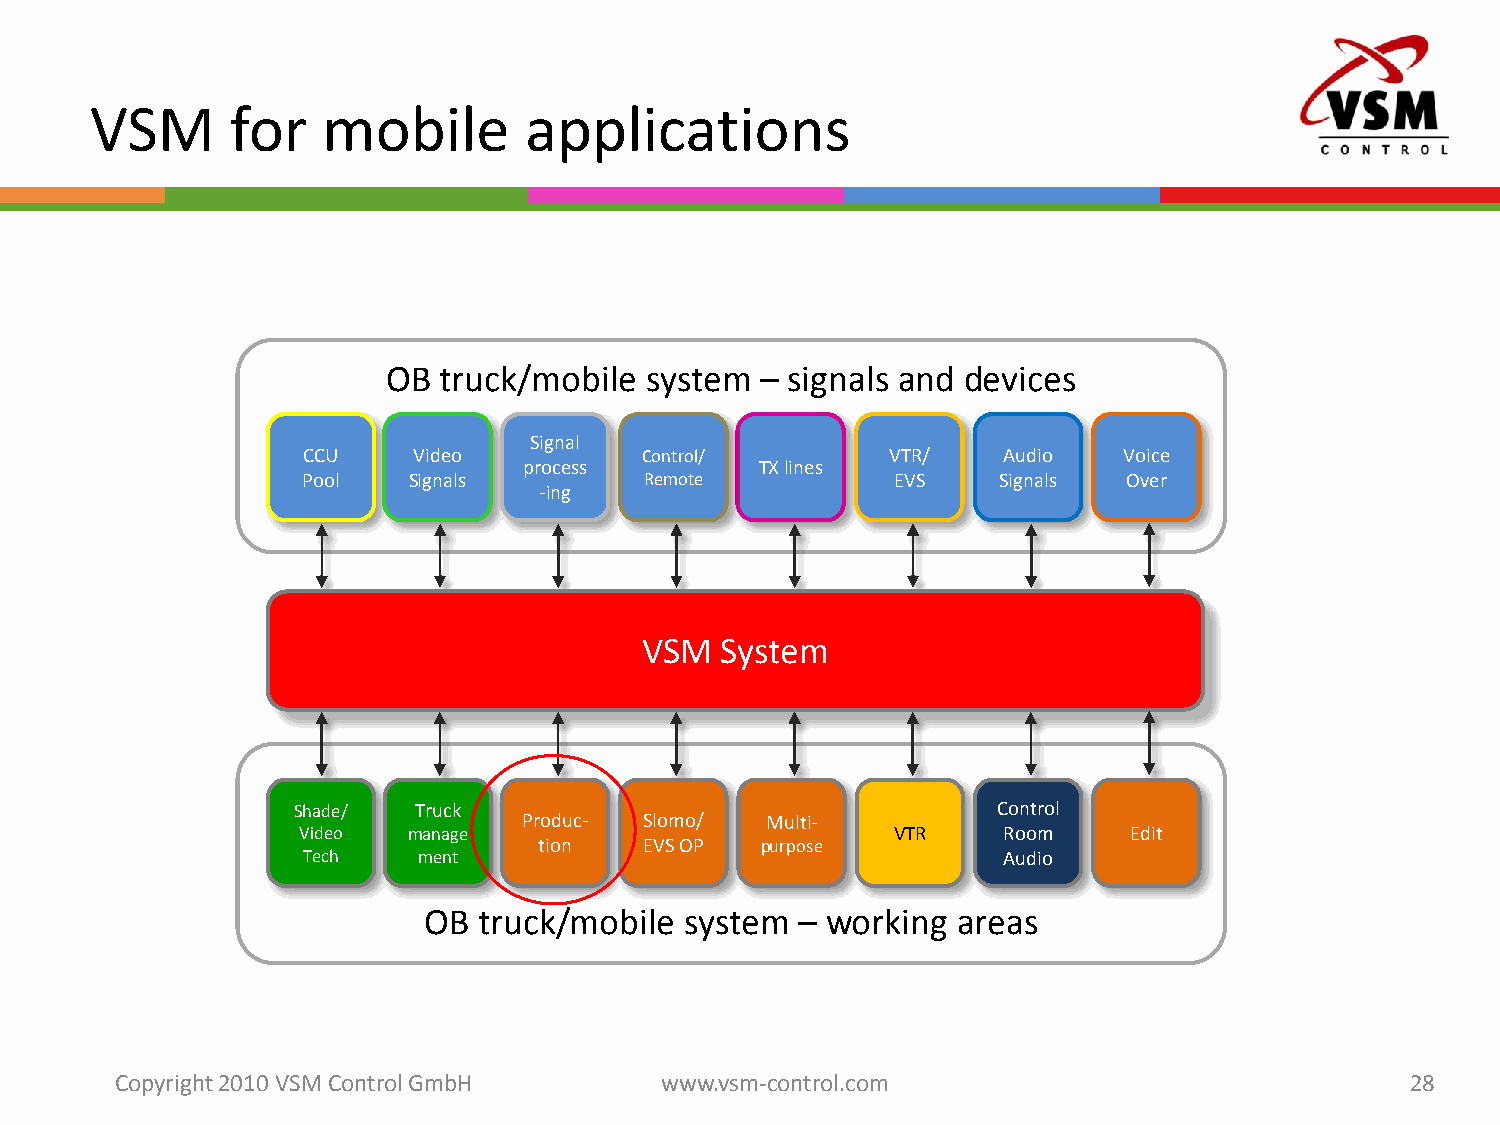
VSM      for   mobile        applications
 OB truck/mobile  system – signals and devices
 Signal
 CCU    Video          Control/         VTR/   Audio   Voice
 process        TX lines
 Pool   Signals         Remote          EVS    Signals  Over
 -ing
 VSM   System
 Shade/  Truck                                  Control
 Produc- Slomo/  Multi-
 Video  manage                          VTR    Room     Edit
 tion   EVS OP purpose
 Tech    ment                                  Audio
 OB  truck/mobile system  – working areas
 Copyright 2010 VSM ControlGmbH      www.vsm-control.com                              28